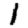
Digit: 1